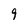
Character: 9